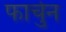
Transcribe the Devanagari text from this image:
फार्चुन